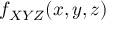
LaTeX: f _ { X Y Z } ( x , y , z )